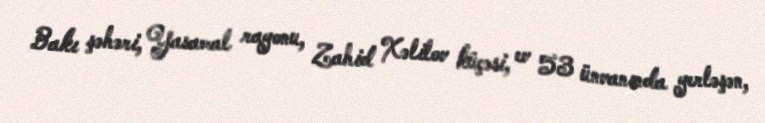
Bakı şəhəri, Yasamal rayonu, Zahid Xəlilov küçəsi, ev 53 ünvanında yerləşən,